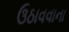
ઉઠાવવાના